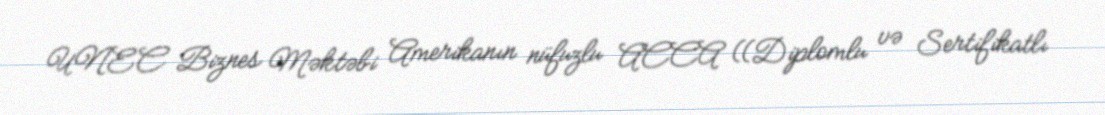
UNEC Biznes Məktəbi Amerikanın nüfuzlu ACCA ((Diplomlu və Sertifikatlı